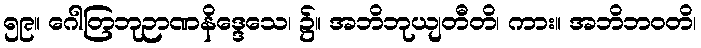
၅၉။ ဂေါတြဘုဉာဏနိဒ္ဒေသေ၊ ၌။ အဘိဘုယျတီတိ၊ ကား။ အဘိဘဝတိ၊